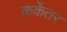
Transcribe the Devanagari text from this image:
कर्केतर